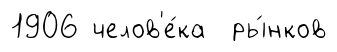
1906 челов'е́ка ры́нков